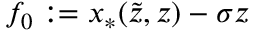
f _ { 0 } : = x _ { * } ( \tilde { z } , z ) - \sigma z